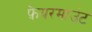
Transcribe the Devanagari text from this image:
फ़ेयरमाउंट